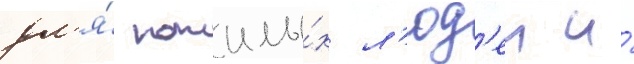
дл'я́ пожилы́х л'юд'еи и́